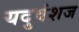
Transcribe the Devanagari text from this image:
यदुवंशज